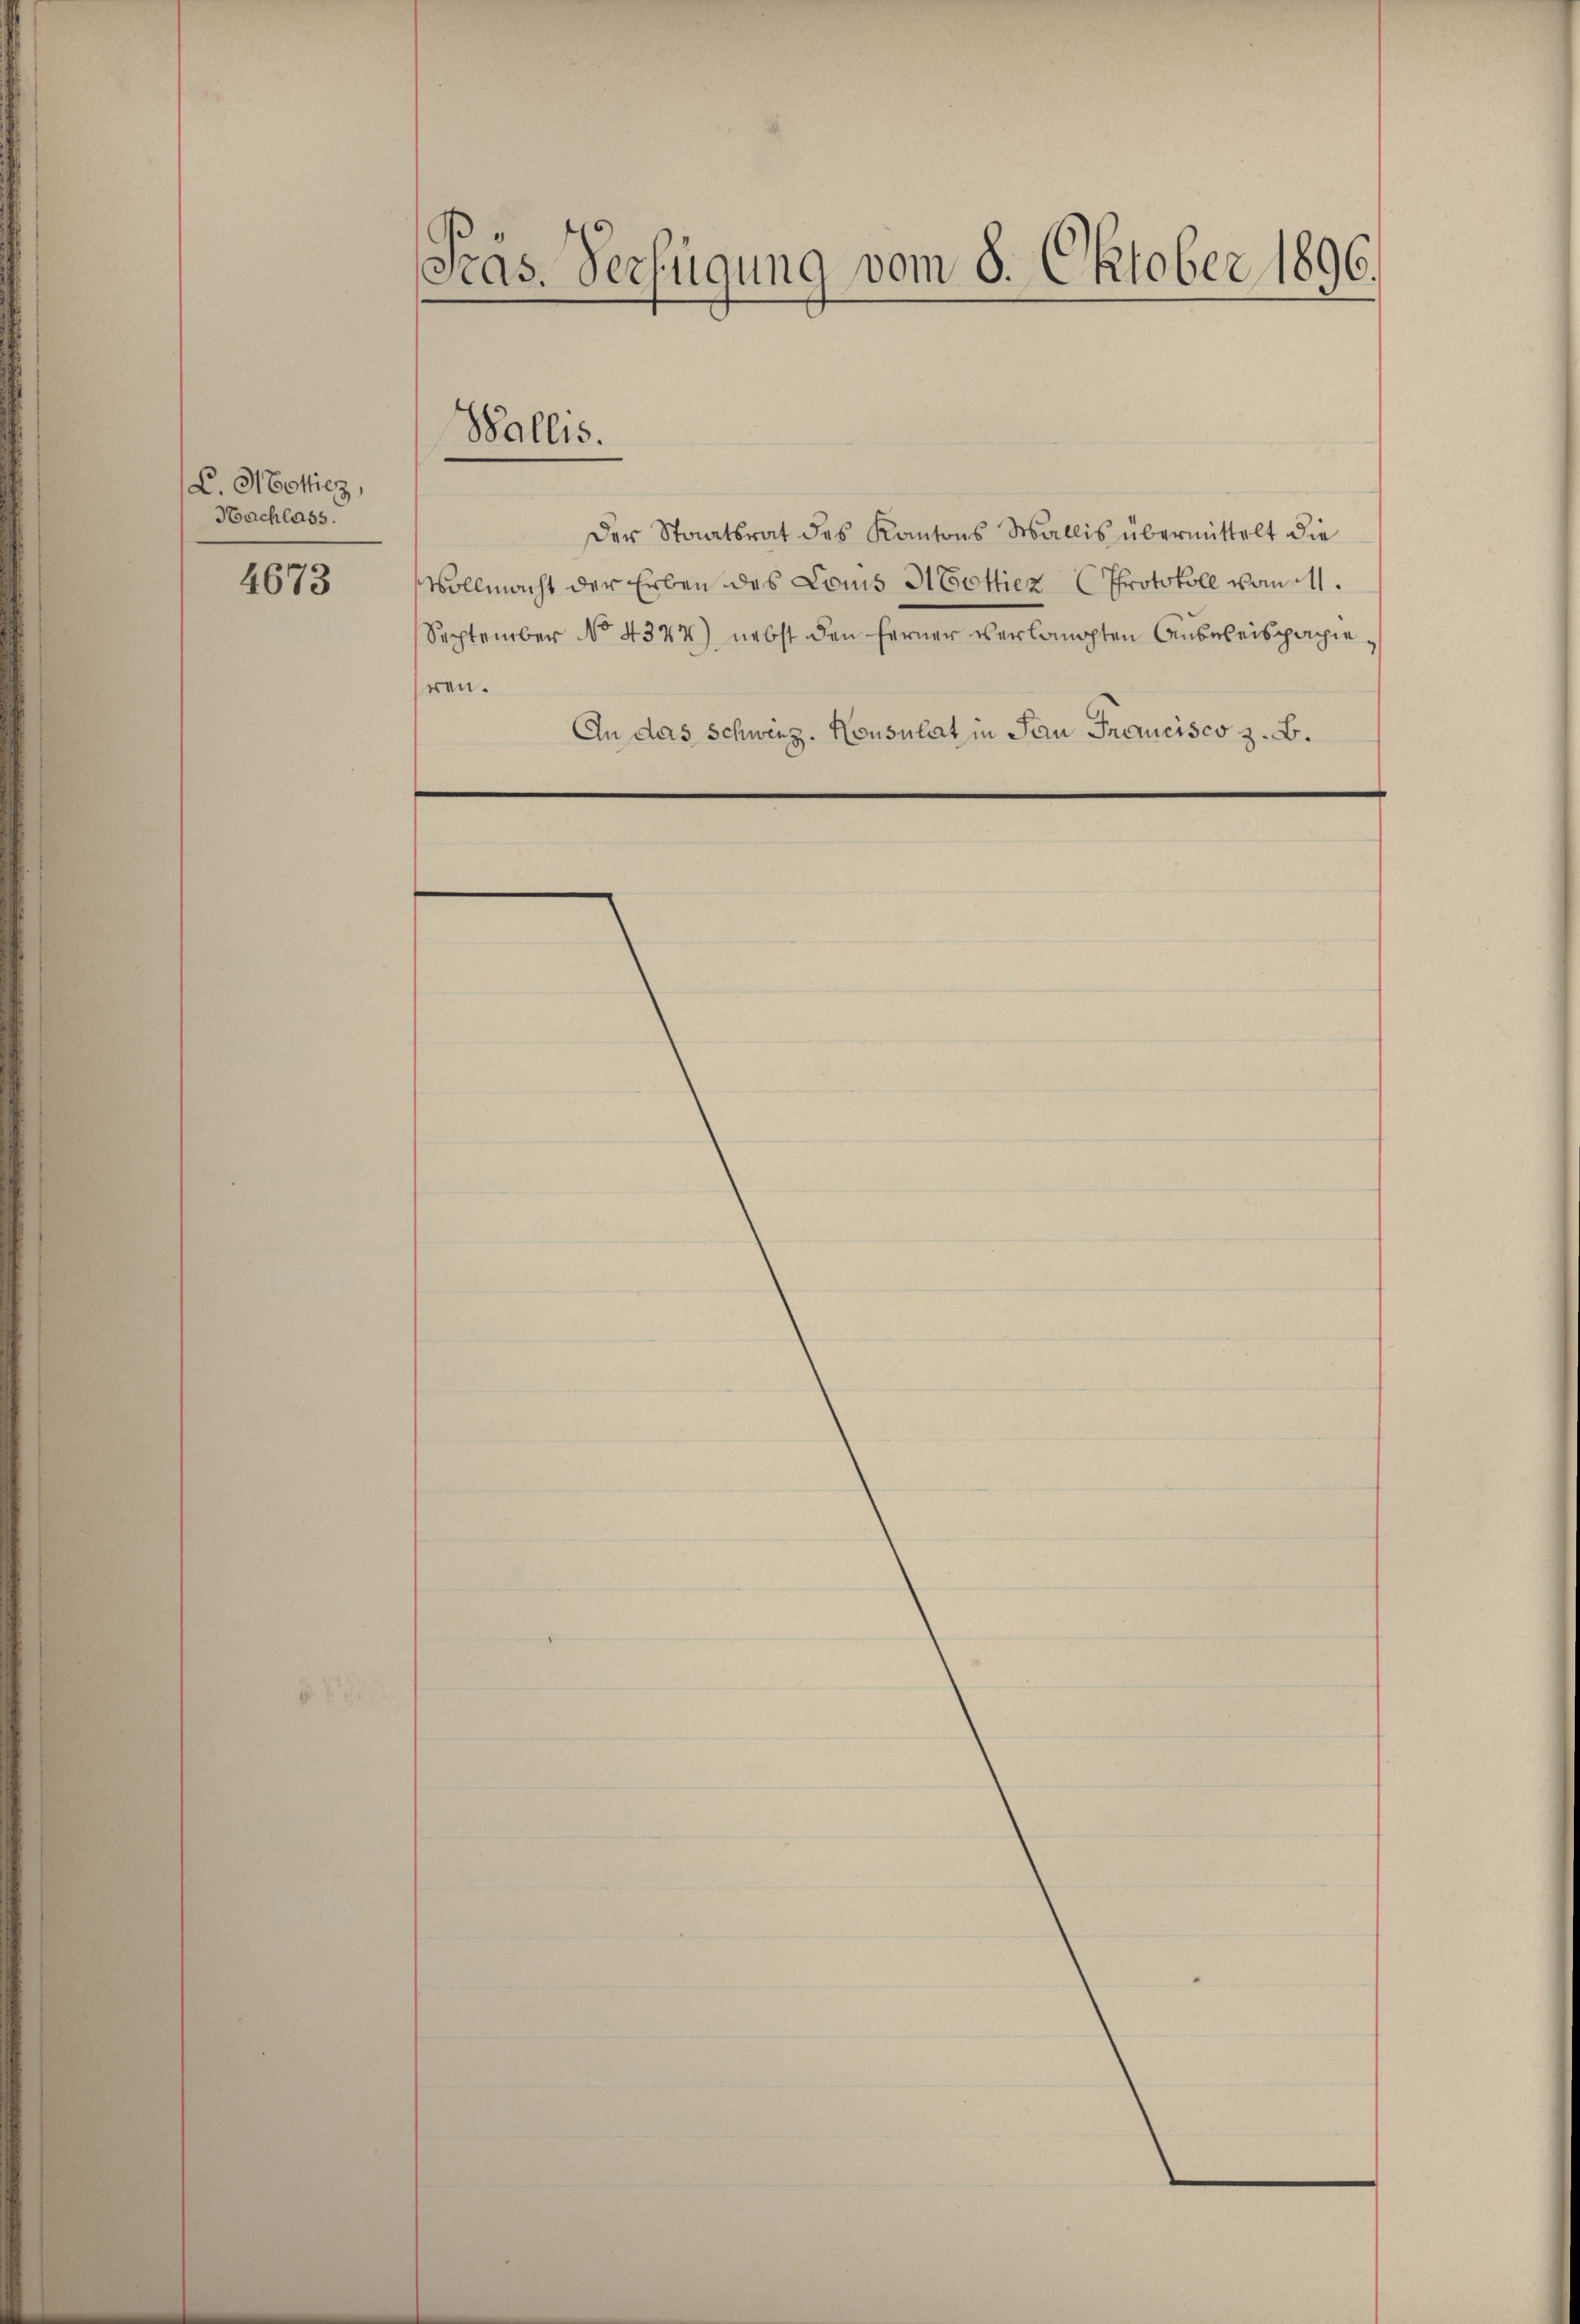
C. Hottiez,
Hachlass.
4673

Präs. Verfügung vom 8. Oktober 1896.

Wallis.

Der Staatsrat des Kantons Wallis übermittelt die
Vollmacht der Erben des Louis I Cottiez (Protokoll vom 11.
September No 4347) nebst den ferner verlangten Ausweispapie
ren.
An das Schweiz. Konsulat in San Francisco z. B.